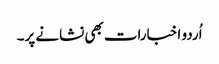
اُردو اخبارات بھی نشانے پر۔